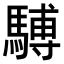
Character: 𫘒